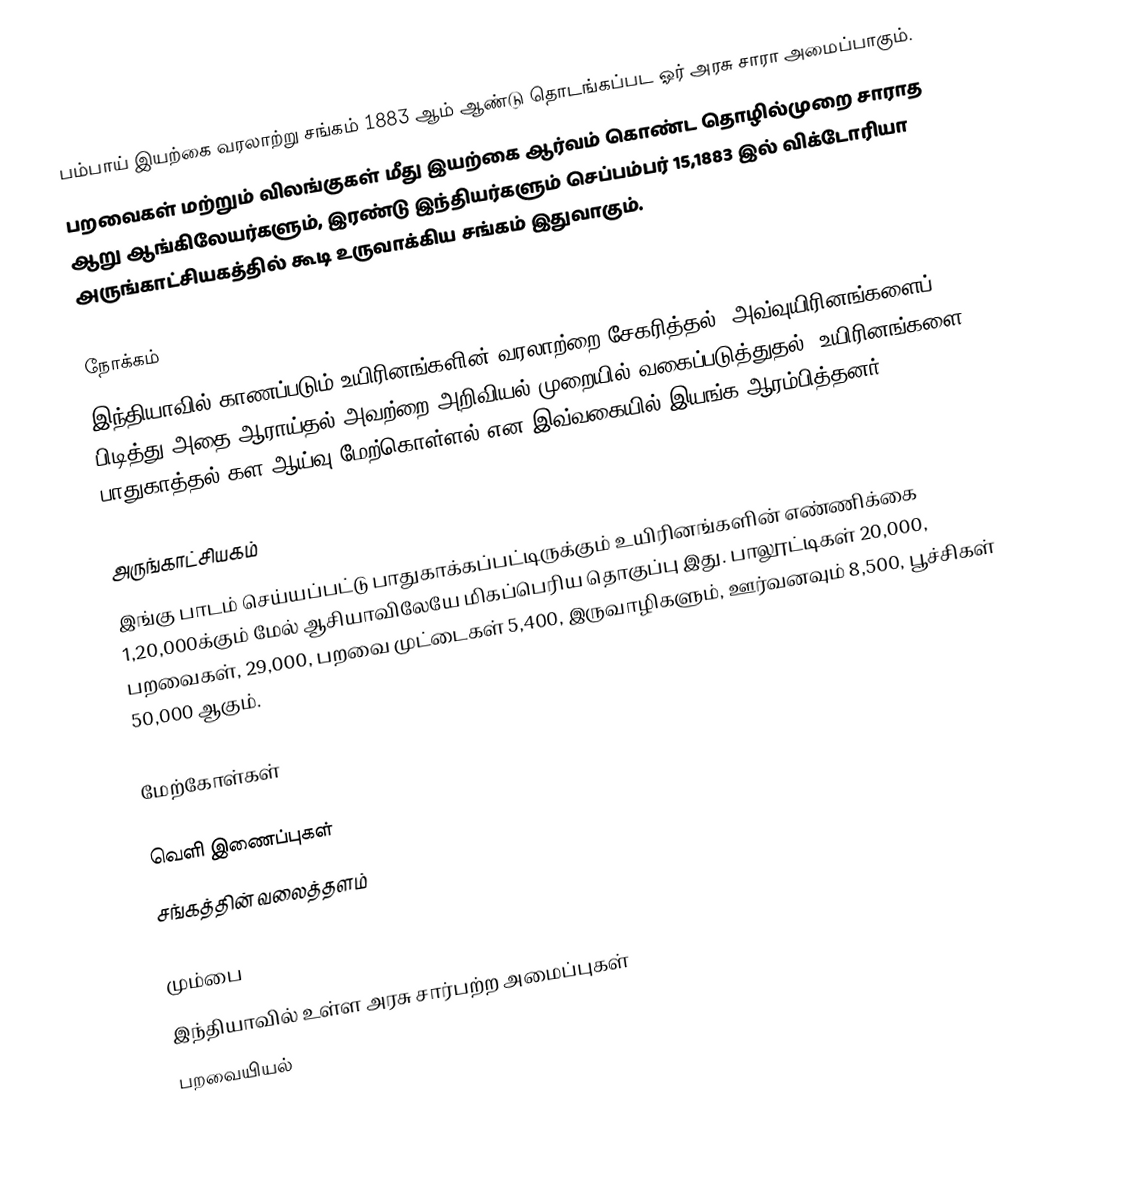
பம்பாய் இயற்கை வரலாற்று சங்கம் 1883 ஆம் ஆண்டு தொடங்கப்பட ஓர் அரசு சாரா அமைப்பாகும்.
பறவைகள் மற்றும் விலங்குகள் மீது இயற்கை ஆர்வம் கொண்ட தொழில்முறை சாராத ஆறு ஆங்கிலேயர்களும், இரண்டு இந்தியர்களும் செப்பம்பர் 15,1883 இல் விக்டோரியா அருங்காட்சியகத்தில் கூடி உருவாக்கிய சங்கம் இதுவாகும்.

நோக்கம்
இந்தியாவில் காணப்படும் உயிரினங்களின் வரலாற்றை சேகரித்தல், அவ்வுயிரினங்களைப் பிடித்து அதை ஆராய்தல் அவற்றை அறிவியல் முறையில் வகைப்படுத்துதல், உயிரினங்களை பாதுகாத்தல் கள ஆய்வு மேற்கொள்ளல் என இவ்வகையில் இயங்க ஆரம்பித்தனர்.

அருங்காட்சியகம்
இங்கு பாடம் செய்யப்பட்டு பாதுகாக்கப்பட்டிருக்கும் உயிரினங்களின் எண்ணிக்கை 1,20,000க்கும் மேல் ஆசியாவிலேயே மிகப்பெரிய தொகுப்பு இது. பாலூட்டிகள் 20,000, பறவைகள், 29,000, பறவை முட்டைகள் 5,400, இருவாழிகளும், ஊர்வனவும் 8,500, பூச்சிகள் 50,000 ஆகும்.

மேற்கோள்கள்

வெளி இணைப்புகள்
 சங்கத்தின் வலைத்தளம்

மும்பை
இந்தியாவில் உள்ள அரசு சார்பற்ற அமைப்புகள்
பறவையியல்